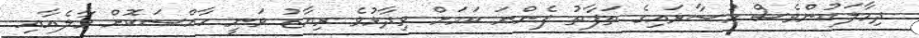
ދިމާލަކުންވެސް މުސާރައިގެ ތަފާތު ފެންނަ ކަމަށް ވިދާޅުވެ ރިޔާޒު ވަނީ ހާއްސަކޮށް މާލެއާއި